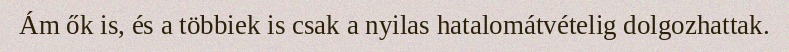
Ám ők is, és a többiek is csak a nyilas hatalomátvételig dolgozhattak.